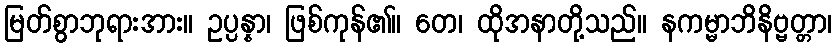
မြတ်စွာဘုရားအား။ ဥပ္ပန္နာ၊ ဖြစ်ကုန်၏။ တေ၊ ထိုအနာတို့သည်။ နကမ္မာဘိနိဗ္ဗတ္တာ၊